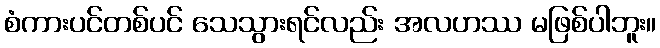
စံကားပင်တစ်ပင် သေသွားရင်လည်း အလဟဿ မဖြစ်ပါဘူး။